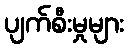
ပျက်စီးမှုများ